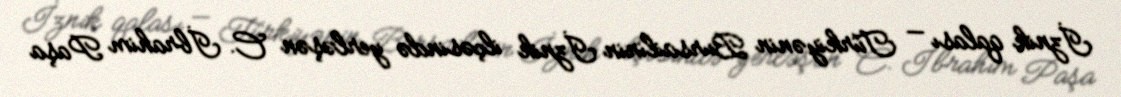
İznik qalası — Türkiyənin Bursailinin İznik ilçəsində yerləşən C. İbrahim Paşa